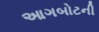
આગબોટની